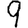
Digit: 9